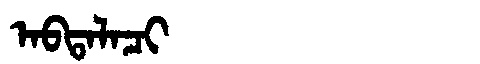
Manchu: ᠠᠪᡨᠠᠯᠠᠴᡳ
Romanization: ABTALACI